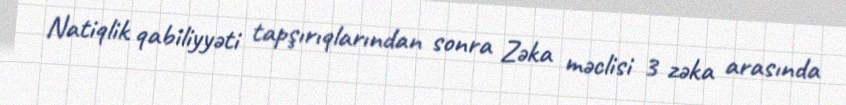
Natiqlik qabiliyyəti tapşırıqlarından sonra Zəka məclisi 3 zəka arasında